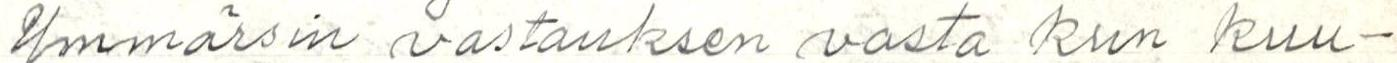
Ymmärsin vastauksen vasta kun kuu-